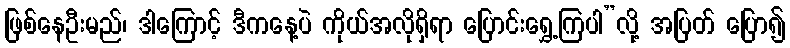
ဖြစ်နေဦးမည်၊ ဒါကြောင့် ဒီကနေ့ပဲ ကိုယ်အလိုရှိရာ ပြောင်းရွှေ့ကြပါ”လို့ အပြတ် ပြော၍